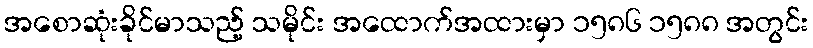
အစောဆုံးခိုင်မာသည့် သမိုင်း အထောက်အထားမှာ ၁၅၈၆ ၁၅၈၈ အတွင်း